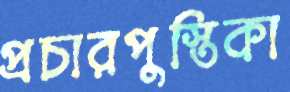
প্রচারপুস্তিকা